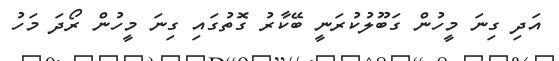
އަދި ގިނަ މީހުން ގަބޫލުކުރަނީ ބޭކާރު ގޮތުގައި ގިނަ މީހުން ރޯދަ މަހު